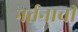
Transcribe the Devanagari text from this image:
नर्तनाची